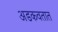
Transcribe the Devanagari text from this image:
अडकवतात